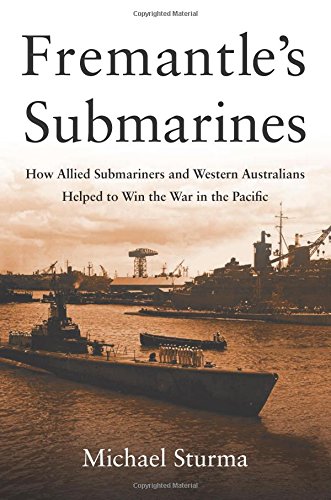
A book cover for Fremantle's Submarines: How Allied Submariners and Western Australians Helped to Win the War in the Pacific; Michael Sturma; History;